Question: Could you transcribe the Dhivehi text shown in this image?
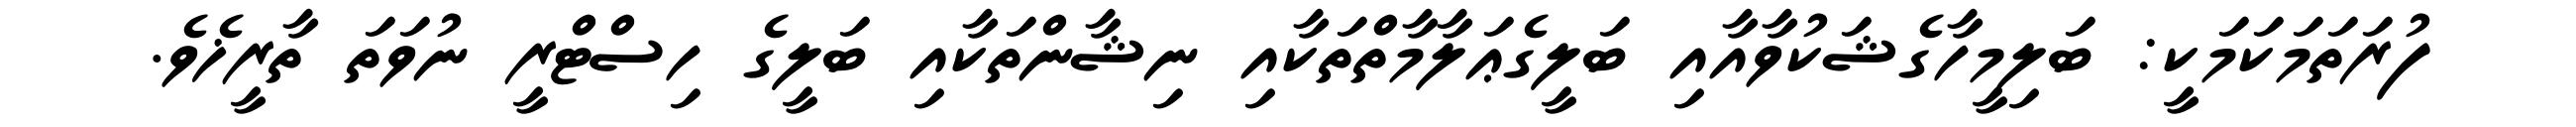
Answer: ފުރަތަމަކަމަކީ: ބަލިމީހާގެޝަކުވާއާއި ބަލީގެޢަލާމާތްތަކާއި ނިޝާންތަކާއި ބަލީގެ ހިސްޓްރީ ނުވަތަ ތާރީޚެވެ.